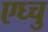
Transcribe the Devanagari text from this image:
एघ्चु